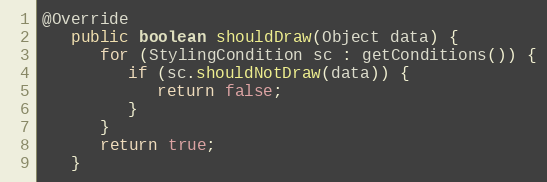
Language: Java
@Override
   public boolean shouldDraw(Object data) {
      for (StylingCondition sc : getConditions()) {
         if (sc.shouldNotDraw(data)) {
            return false;
         }
      }
      return true;
   }